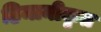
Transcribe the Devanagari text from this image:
हिमानीकृत